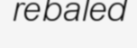
rebaled